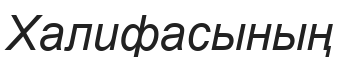
Халифасының